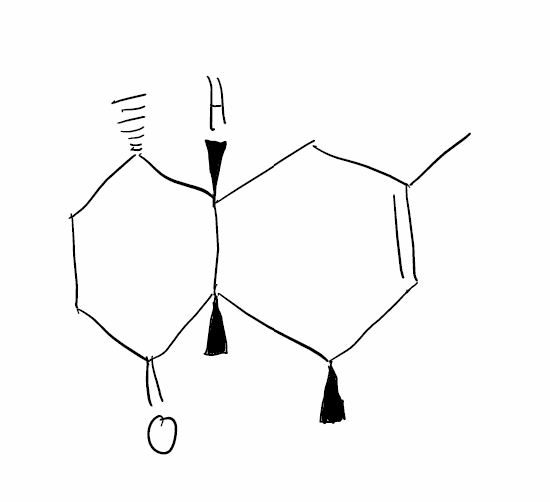
Simplified molecular-input line-entry system (SMILES) notation of the given molecule:
C[C@H]1CCC(=O)[C@@]2([C@H]1CC(=C[C@H]2C)C)C